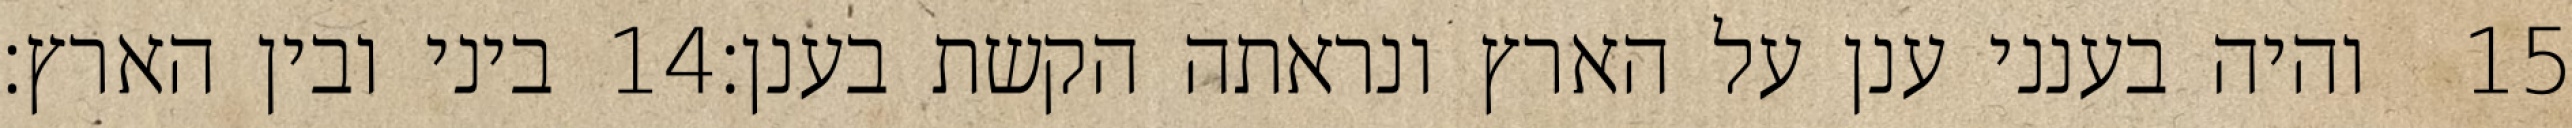
ביני ובין הארץ׃ ‎14‏ והיה בענני ענן על הארץ ונראתה הקשת בענן׃ ‎15‏